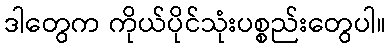
ဒါတွေက ကိုယ်ပိုင်သုံးပစ္စည်းတွေပါ။